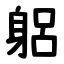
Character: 躳